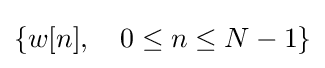
\{w[n],\quad 0\leq n\leq N-1\}